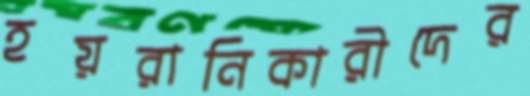
হয়রানিকারীদের